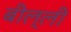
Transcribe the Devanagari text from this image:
बील्ली